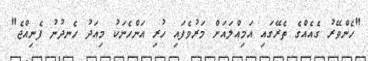
"ހެންވޭރު ގެއެއްގެ ތެރޭގައި އަމިއްލައަށް މަރުވެފައި ހުރި އަންހެނަކު މިއަދު ހެނދުނު ފެނިއްޖެ"